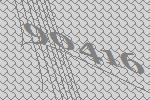
90416